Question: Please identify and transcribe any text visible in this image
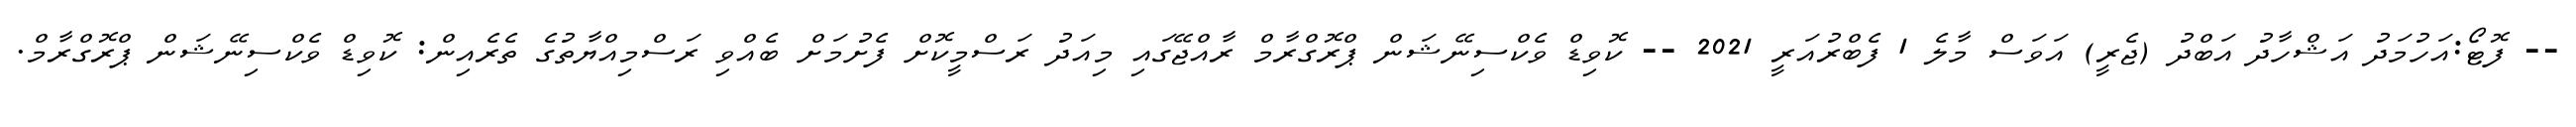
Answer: -- ފޮޓޯ:އަހުމަދު އަޝްހާދު އަބްދު (ޖެރީ) އަވަސް މާލެ 1 ފެބްރުއަރީ 2021 -- ކޮވިޑް ވެކްސިނޭޝަން ޕްރޮގްރާމް ރާއްޖޭގައި މިއަދު ރަސްމީކޮށް ފެށުމަށް ބެއްވި ރަސްމިއްޔާތުގެ ތެރެއިން: ކޮވިޑް ވެކްސިނޭޝަން ޕްރޮގްރާމް.